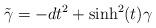
LaTeX: \begin{align*}\tilde{\gamma}=-dt^2+\sinh^2(t)\gamma\end{align*}